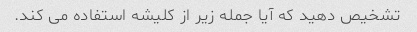
تشخیص دهید که آیا جمله زیر از کلیشه استفاده می کند.